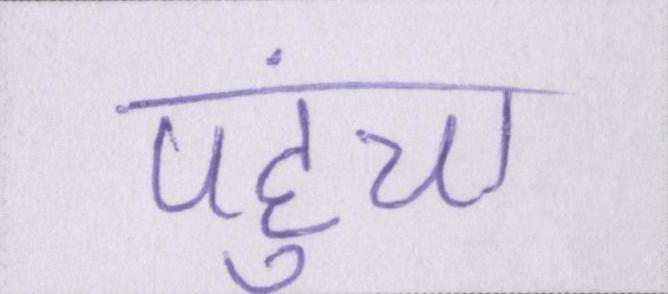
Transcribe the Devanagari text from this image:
पहुंचा